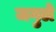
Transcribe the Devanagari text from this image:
जगुले